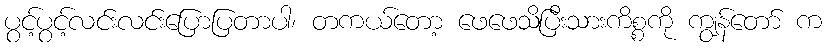
ပွင့်ပွင့်လင်းလင်းပြောပြတာပါ၊ တကယ်တော့ ဖေဖေသိပြီးသားကိစ္စကို ကျွန်တော် က